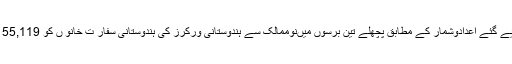
وزارت خارجہ کی جانب سے لوک سبھا میں پیش کیے گئے اعدادوشمار کے مطابق پچھلے تین برسوں میںنوممالک سے ہندوستانی ورکرز کی ہندوستانی سفار ت خانو ں کو 55,119 ہراسانی اور بدسلوکی کی شکایات موصول ہوئی ہیں۔